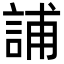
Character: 誧